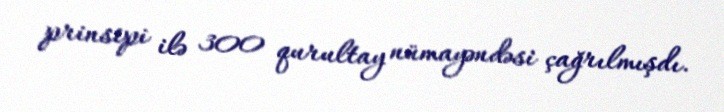
prinsipi ilə 300 qurultay nümayəndəsi çağrılmışdı.